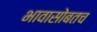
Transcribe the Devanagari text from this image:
भावासोबतच